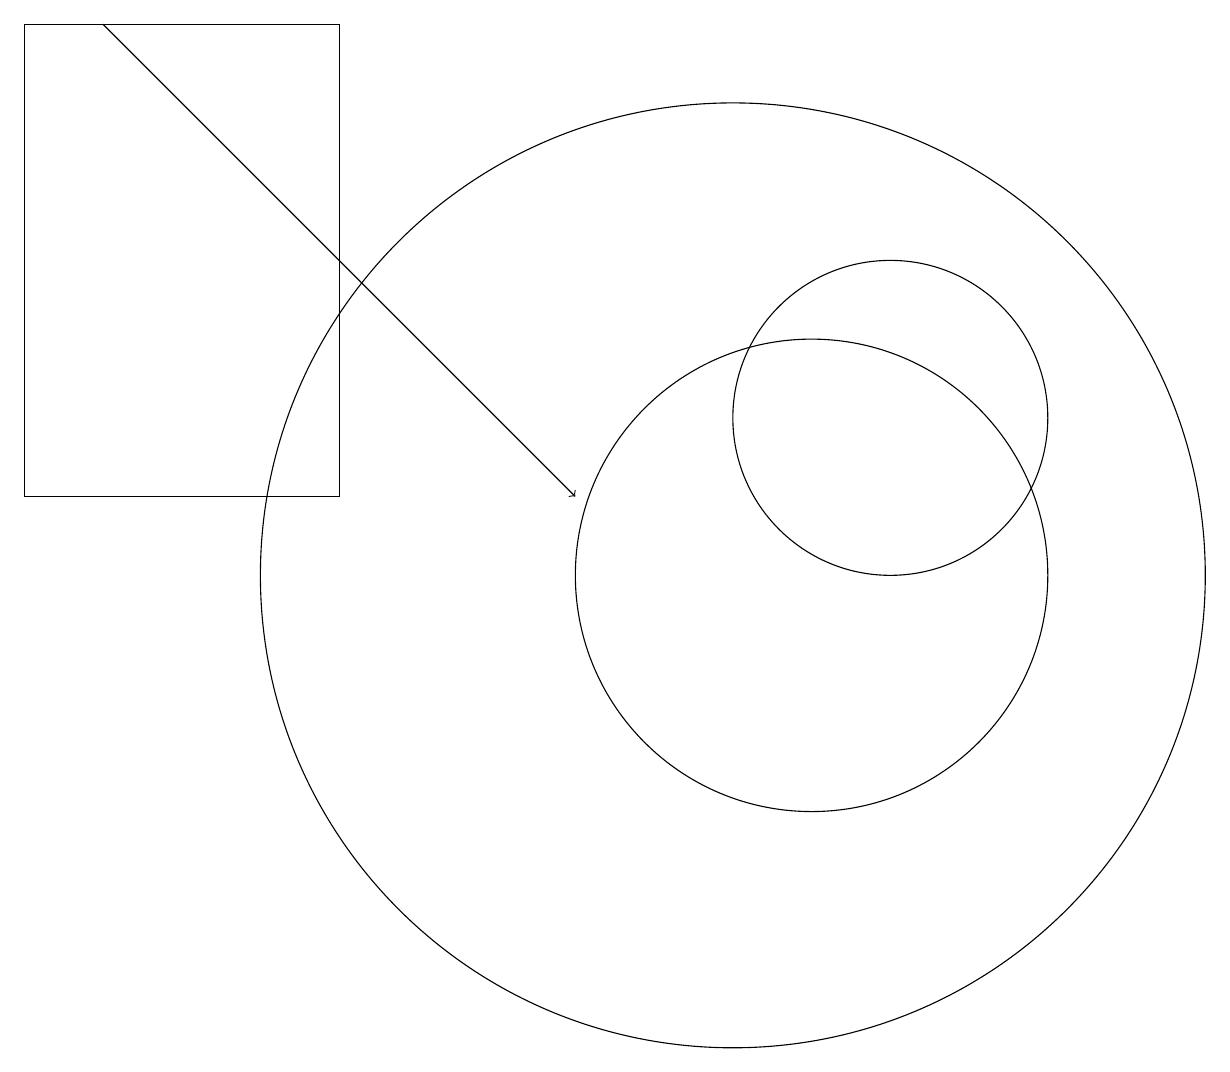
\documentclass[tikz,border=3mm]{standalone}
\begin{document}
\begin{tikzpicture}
\draw[->] (2,17) -- (8,11);
\draw (12,12) circle (2);
\draw (11,10) circle (3);
\draw (1,17) rectangle (5,11);
\draw (10,10) circle (6);
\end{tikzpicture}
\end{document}